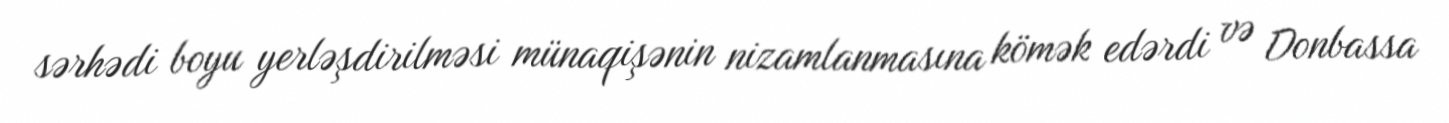
sərhədi boyu yerləşdirilməsi münaqişənin nizamlanmasına kömək edərdi və Donbassa